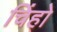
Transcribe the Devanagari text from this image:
चिंहो